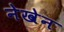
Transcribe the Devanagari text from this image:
नेखेन